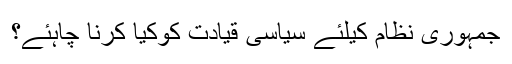
جمہوری نظام کیلئے سیاسی قیادت کوکیا کرنا چاہئے؟